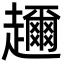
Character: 趰